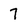
Character: 7